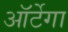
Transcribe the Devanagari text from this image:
ऑर्टेगा